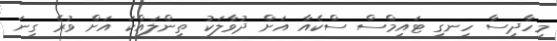
މިހާދިސާ ހިނގި ޓައިމްސް ސްކެއާ އަށް ދުވާލަކު ތިންލައްކަ އަށް ވުރެ ގިނަ